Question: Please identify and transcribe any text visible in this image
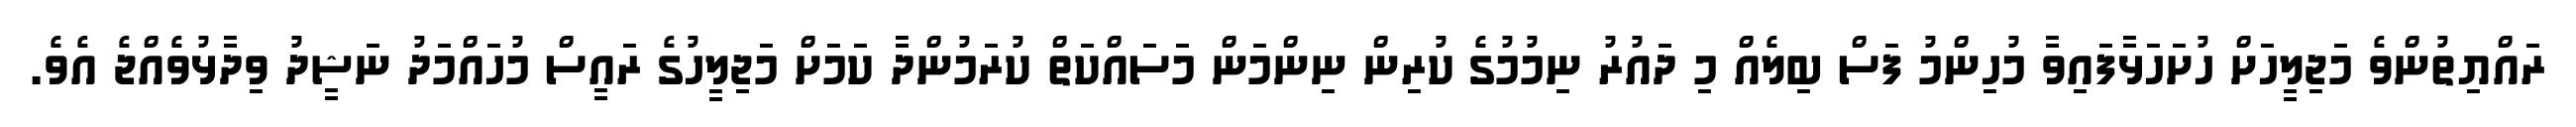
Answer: ރައްޔިތުންވެ މަޖިލީހަށް ހުށަހަޅާފައިވާ މުހިންމު ފަސް ބިލެއް މި ދައުރު ނިމުމުގެ ކުރިން ނިންމަން މަަސައްކަތް ކުރަމުންދާ ކަމަށް މަޖިލީހުގެ ރައީސް މުހައްމަދު ނަޝީދު ވިދާޅުވެއްޖެ އެވެ.